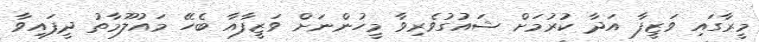
މީރާގައި ވަޒީފާ އަދާ ކުރުމަށް ޝައުގުވެރިވާ މީހުންނަށް ވަޒީފާއާ ބެހޭ މައުލޫމާތު ދީފައިވާ